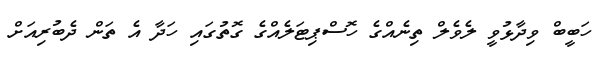
ހަބީބް ވިދާޅުވީ ލެވެލް ތިނެއްގެ ހޮސްޕިޓަލެއްގެ ގޮތުގައި ހަދާ އެ ތަން ދެބުރިއަށް